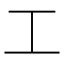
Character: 工